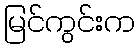
မြင်ကွင်းက